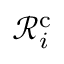
\mathcal { R } _ { i } ^ { \mathrm { c } }